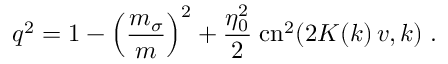
q ^ { 2 } = 1 - \left( { \frac { m _ { \sigma } } { m } } \right) ^ { 2 } + { \frac { \eta _ { 0 } ^ { 2 } } { 2 } } \; \mathrm { c n } ^ { 2 } ( 2 K ( k ) \, v , k ) \; .